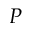
P